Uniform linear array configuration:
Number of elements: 4
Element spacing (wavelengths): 0.25
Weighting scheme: blackman
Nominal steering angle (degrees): -60
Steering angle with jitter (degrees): -59.421
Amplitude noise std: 0.05
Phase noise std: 0.05

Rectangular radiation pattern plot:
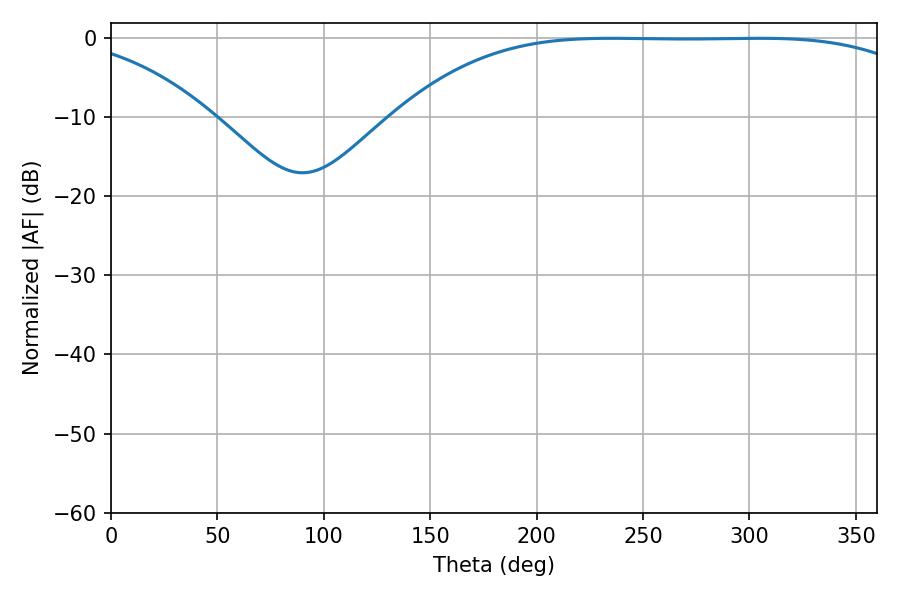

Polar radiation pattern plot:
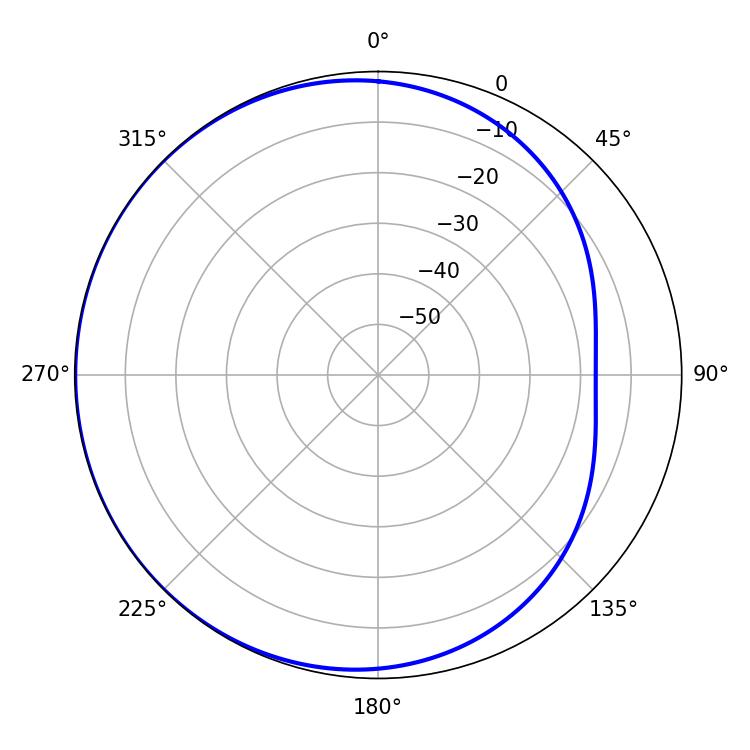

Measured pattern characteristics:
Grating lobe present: FALSE
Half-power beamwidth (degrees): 190.26
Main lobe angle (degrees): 235.08